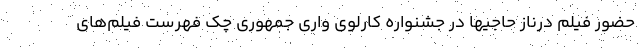
حضور فیلم درناز حاجیها در جشنواره کارلوی واری جمهوری چک فهرست فیلم‌های